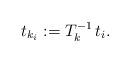
LaTeX: \begin{align*} t_{k_i} := T_k^{-1} \,t_i. \end{align*}